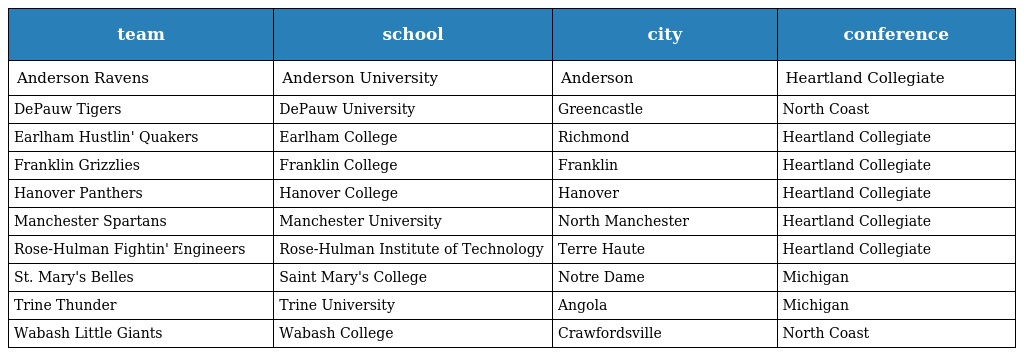
| team | school | city | conference |
 | --- | --- | --- | --- |
 | Anderson Ravens | Anderson University | Anderson | Heartland Collegiate |
 | DePauw Tigers | DePauw University | Greencastle | North Coast |
 | Earlham Hustlin' Quakers | Earlham College | Richmond | Heartland Collegiate |
 | Franklin Grizzlies | Franklin College | Franklin | Heartland Collegiate |
 | Hanover Panthers | Hanover College | Hanover | Heartland Collegiate |
 | Manchester Spartans | Manchester University | North Manchester | Heartland Collegiate |
 | Rose-Hulman Fightin' Engineers | Rose-Hulman Institute of Technology | Terre Haute | Heartland Collegiate |
 | St. Mary's Belles | Saint Mary's College | Notre Dame | Michigan |
 | Trine Thunder | Trine University | Angola | Michigan |
 | Wabash Little Giants | Wabash College | Crawfordsville | North Coast |